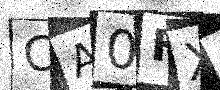
Text: CA0FXF